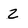
Character: z